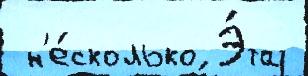
 н'е́сколько Э́та